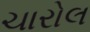
ચારોલ